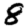
Digit: 8